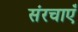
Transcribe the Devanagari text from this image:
संरचाएँ